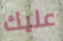
عليك